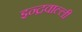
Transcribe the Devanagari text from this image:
इन्द्रवाल्ली